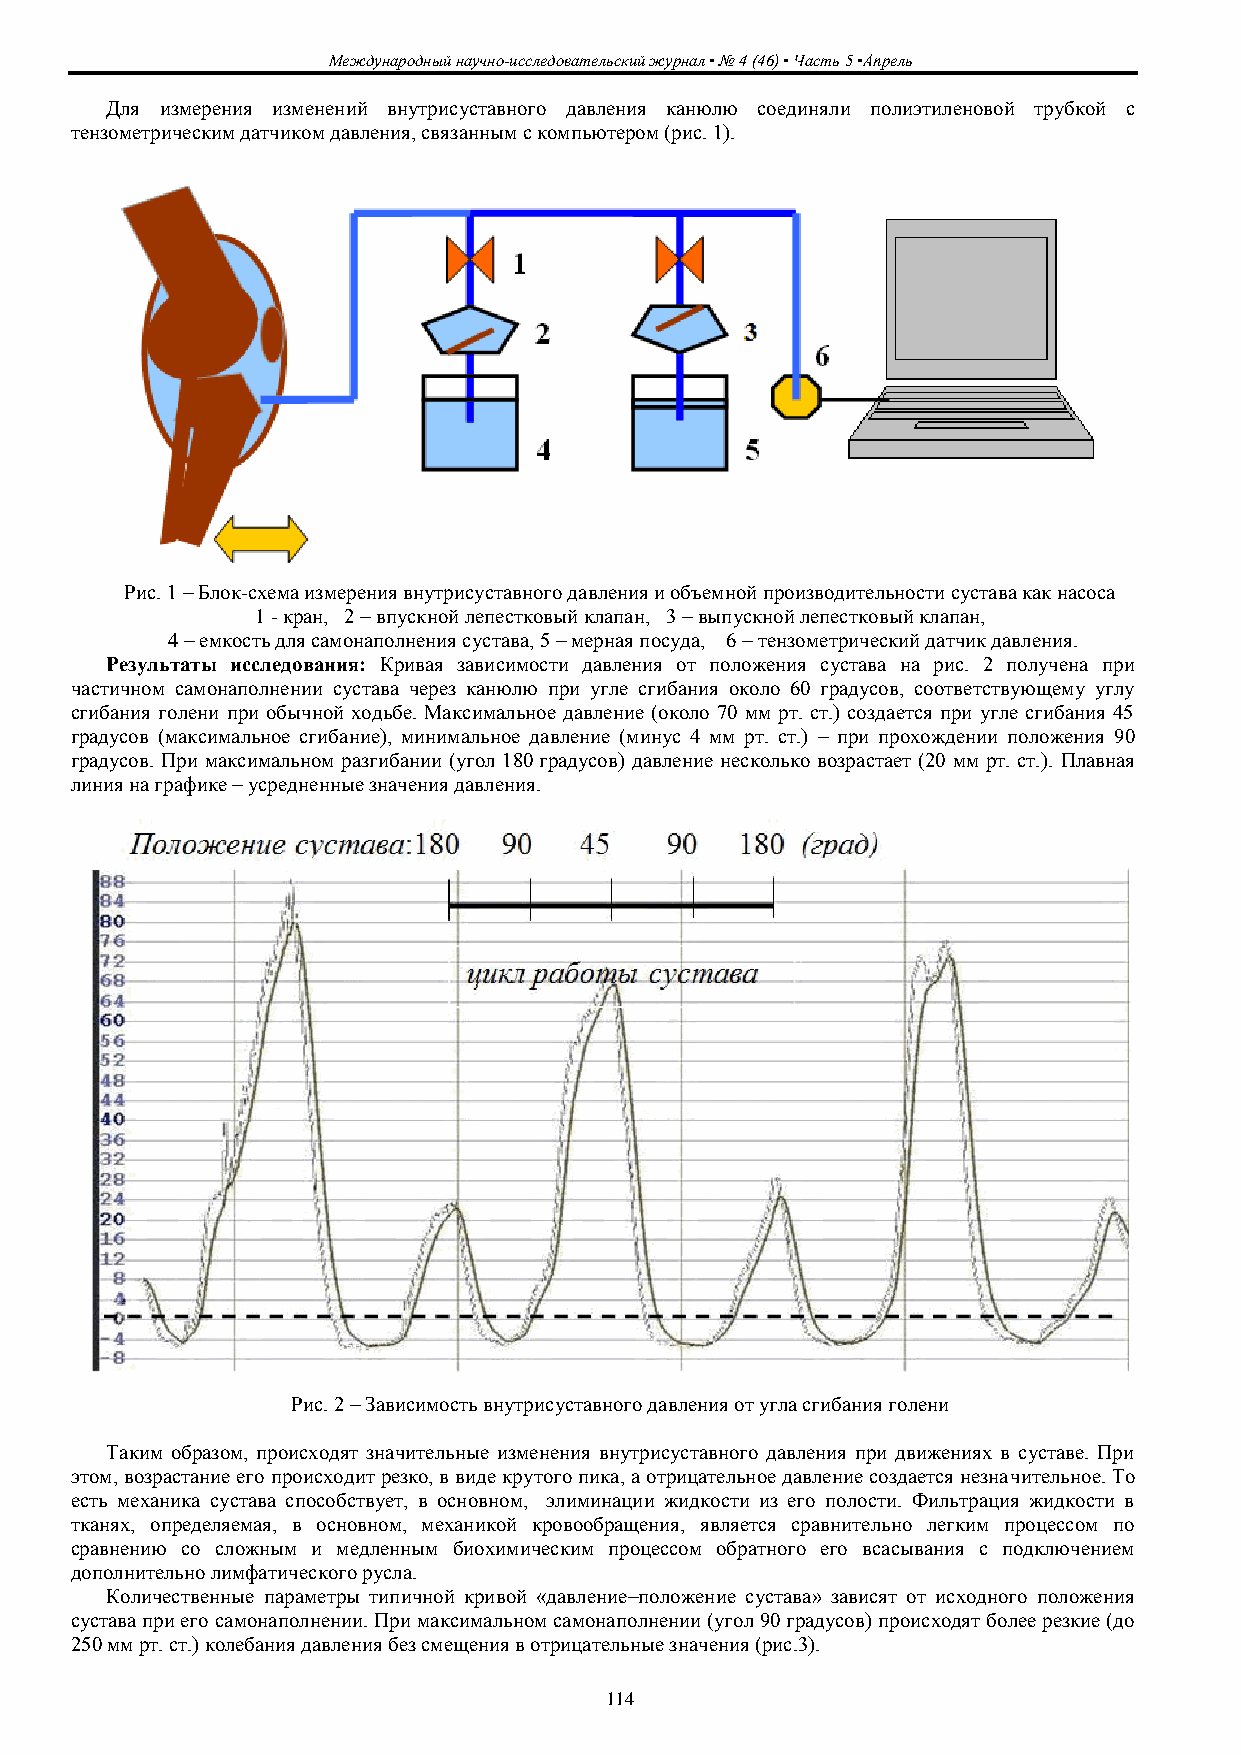
Международный научно-исследовательский журнал ▪ № 4 (46) ▪ Часть 5 ▪Апрель
 Для измерения изменений внутрисуставного давления канюлю соединяли полиэтиленовой трубкой с
 тензометрическим датчиком давления, связанным с компьютером (рис. 1).
 Рис. 1 – Блок-схема измерения внутрисуставного давления и объемной производительности сустава как насоса
 1 - кран, 2 – впускной лепестковый клапан, 3 – выпускной лепестковый клапан,
 4 – емкость для самонаполнения сустава, 5 – мерная посуда, 6 – тензометрический датчик давления.
 Результаты исследования: Кривая зависимости давления от положения сустава на рис. 2 получена при
 частичном самонаполнении сустава через канюлю при угле сгибания около 60 градусов, соответствующему углу
 сгибания голени при обычной ходьбе. Максимальное давление (около 70 мм рт. ст.) создается при угле сгибания 45
 градусов (максимальное сгибание), минимальное давление (минус 4 мм рт. ст.) – при прохождении положения 90
 градусов. При максимальном разгибании (угол 180 градусов) давление несколько возрастает (20 мм рт. ст.). Плавная
 линия на графике – усредненные значения давления.
 Рис. 2 – Зависимость внутрисуставного давления от угла сгибания голени
 Таким образом, происходят значительные изменения внутрисуставного давления при движениях в суставе. При
 этом, возрастание его происходит резко, в виде крутого пика, а отрицательное давление создается незначительное. То
 есть механика сустава способствует, в основном, элиминации жидкости из его полости. Фильтрация жидкости в
 тканях, определяемая, в основном, механикой кровообращения, является сравнительно легким процессом по
 сравнению со сложным и медленным биохимическим процессом обратного его всасывания с подключением
 дополнительно лимфатического русла.
 Количественные параметры типичной кривой «давление–положение сустава» зависят от исходного положения
 сустава при его самонаполнении. При максимальном самонаполнении (угол 90 градусов) происходят более резкие (до
 250 мм рт. ст.) колебания давления без смещения в отрицательные значения (рис.3).
 114